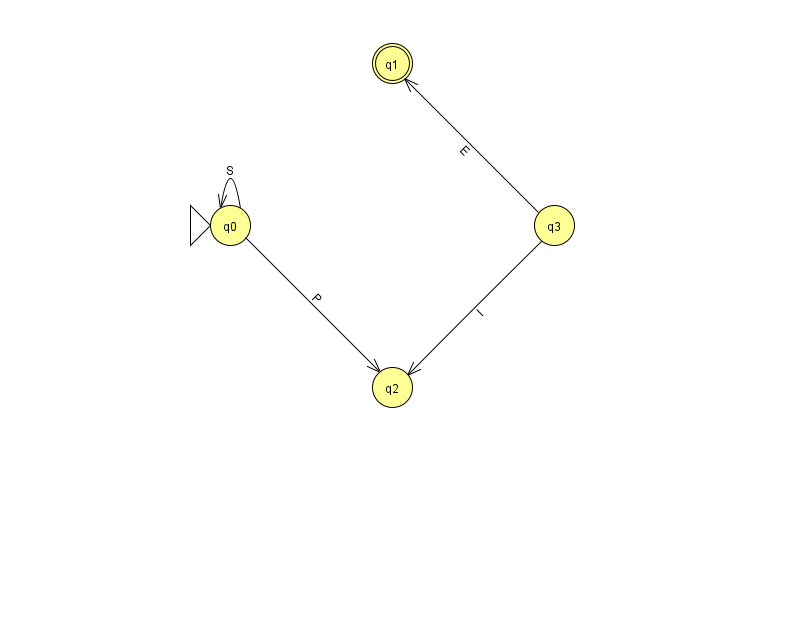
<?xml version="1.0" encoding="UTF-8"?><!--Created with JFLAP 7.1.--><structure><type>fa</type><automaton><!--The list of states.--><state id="0" name="q0"><x>230.0</x><y>212.0</y><initial/></state><state id="1" name="q1"><x>392.0</x><y>50.0</y><final/></state><state id="2" name="q2"><x>392.0</x><y>374.0</y></state><state id="3" name="q3"><x>554.0</x><y>212.0</y></state><!--The list of transitions.--><transition><from>3</from><to>1</to><read>E</read></transition><transition><from>0</from><to>0</to><read>S</read></transition><transition><from>0</from><to>2</to><read>P</read></transition><transition><from>3</from><to>2</to><read>I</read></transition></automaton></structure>